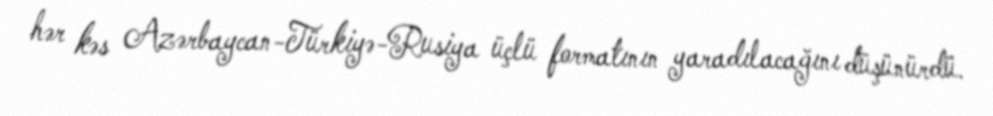
hər kəs Azərbaycan-Türkiyə-Rusiya üçlü formatının yaradılacağını düşünürdü.